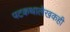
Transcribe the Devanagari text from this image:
पटकथालेखकही